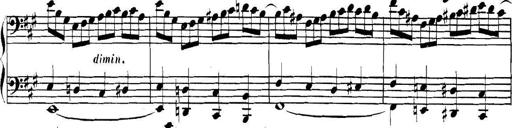
Title: Collected Piano Sonatas
Composer: Muzio Clementi